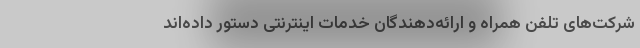
شرکت‌های تلفن همراه و ارائه‌دهندگان خدمات اینترنتی دستور داده‌اند